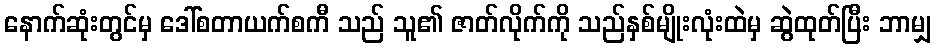
နောက်ဆုံးတွင်မှ ဒေါ်စတာယက်စကီ သည် သူ၏ ဇာတ်လိုက်ကို သည်နှစ်မျိုးလုံးထဲမှ ဆွဲထုတ်ပြီး ဘာမျှ